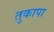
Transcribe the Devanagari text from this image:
तुकापा